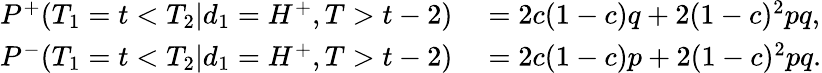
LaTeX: \begin{array}{rl}{P^{+}(T_{1}=t<T_{2}|d_{1}=H^{+},T>t-2)}&{{}=2c(1-c)q+2(1-c)^{2}pq,}\\ {P^{-}(T_{1}=t<T_{2}|d_{1}=H^{+},T>t-2)}&{{}=2c(1-c)p+2(1-c)^{2}pq.}\end{array}